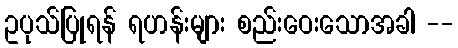
ဥပုသ်ပြုရန် ရဟန်းများ စည်းဝေးသောအခါ --